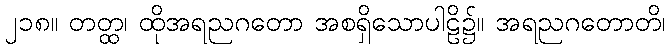
၂၁၈။ တတ္ထ၊ ထိုအရညဂတော အစရှိသောပါဠိ၌။ အရညဂတောတိ၊